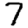
Digit: 7